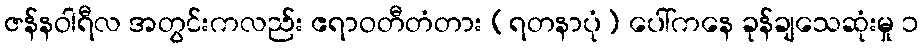
ဇန်နဝါရီလ အတွင်းကလည်း ဧရာဝတီတံတား (ရတနာပုံ) ပေါ်ကနေ ခုန်ချသေဆုံးမှု ၁